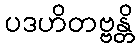
ပဒဟိတဗ္ဗန္တိ